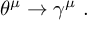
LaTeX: \theta ^ { \mu } \rightarrow \gamma ^ { \mu } \ .